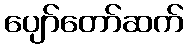
ပျော်တော်ဆက်